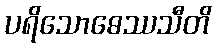
ပရိသောဓေဿသီတိ